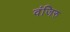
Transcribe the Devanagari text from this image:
वंजिरु